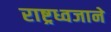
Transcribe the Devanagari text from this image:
राष्ट्रध्वजाने